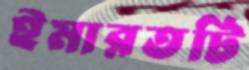
ইমারতটি